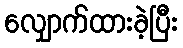
လျှောက်ထားခဲ့ပြီး